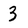
Character: 3